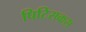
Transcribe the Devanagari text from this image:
पिटिसकस